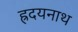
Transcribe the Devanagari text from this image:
ह्रदयनाथ